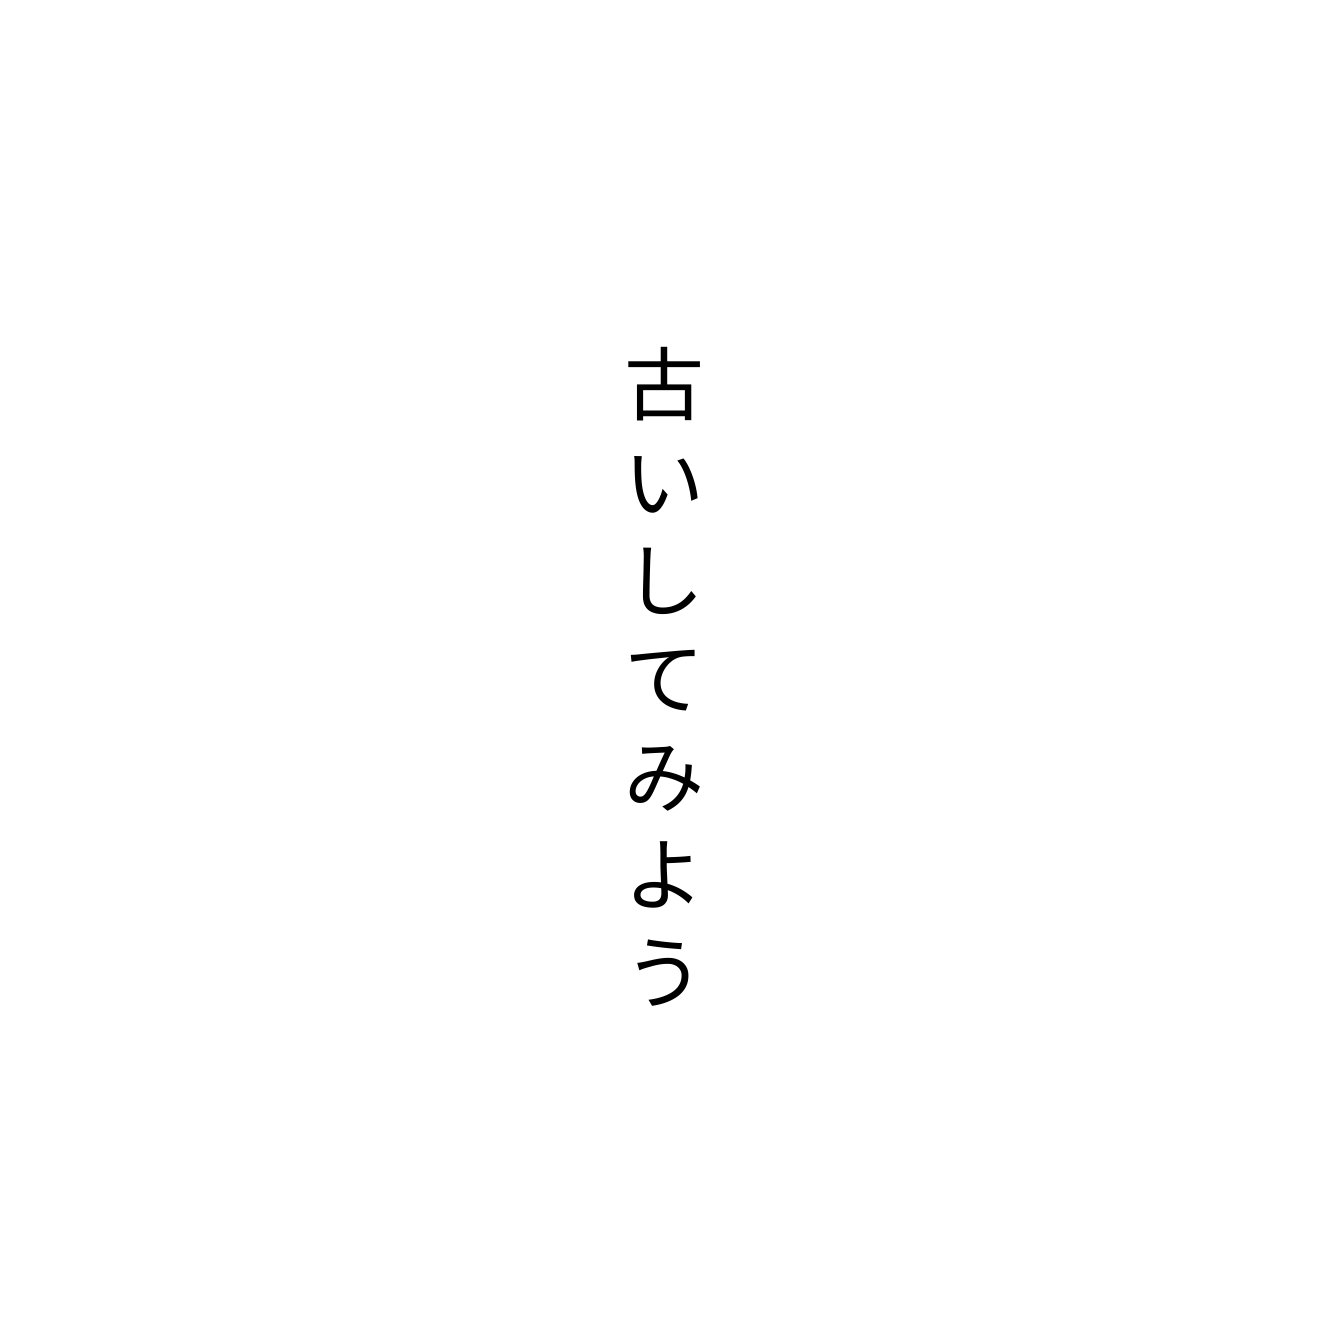
古いしてみよう